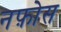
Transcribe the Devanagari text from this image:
नफ़ोस